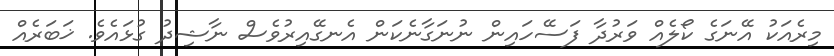
މިރެއަކު އޭނަގެ ކޯލެއް ވަރުދާ ފަސޭހައިން ނުނަގާނެކަން އެނގޭއިރުވެސް ނާޝިދު ގުޅައެވެ. ޚަބަރެއް